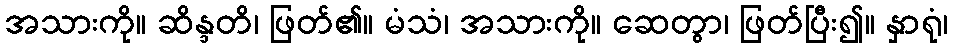
အသားကို။ ဆိန္ဒတိ၊ ဖြတ်၏။ မံသံ၊ အသားကို။ ဆေတွာ၊ ဖြတ်ပြီး၍။ နှာရုံ၊